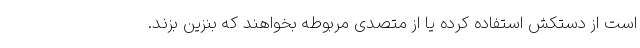
است از دستکش استفاده کرده یا از متصدی مربوطه بخواهند که بنزین بزند.